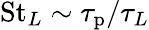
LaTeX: \mathrm{St}_{L}\sim\tau_{\mathrm{p}}/\tau_{L}